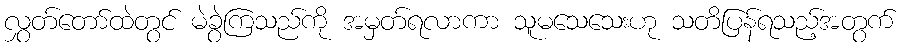
လွှတ်တော်ထဲတွင် မဲခွဲကြသည်ကို အမှတ်ရလာကာ သူမသေသေးဟု သတိပြန်ရသည့်အတွက်